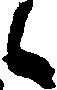
候